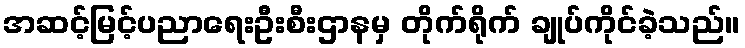
အဆင့်မြင့်ပညာရေးဦးစီးဌာနမှ တိုက်ရိုက် ချုပ်ကိုင်ခဲ့သည်။